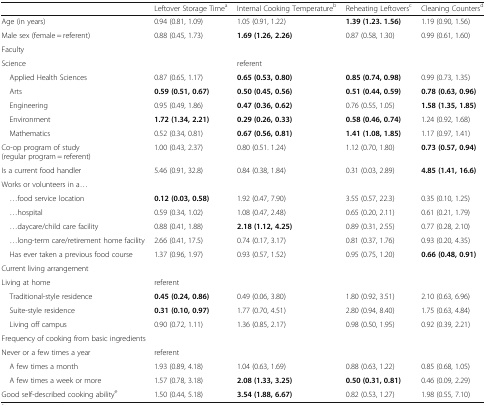
<table><thead><tr><td></td><td><b>Leftover Storage Time<sup>a</sup></b></td><td><b>Internal Cooking Temperature<sup>b</sup></b></td><td><b>Reheating Leftovers<sup>c</sup></b></td><td><b>Cleaning Counters<sup>d</sup></b></td></tr></thead><tbody><tr><td>Age (in years)</td><td>0.94 (0.81, 1.09)</td><td>1.05 (0.91, 1.22)</td><td><b>1.39 (1.23. 1.56)</b></td><td>1.19 (0.90, 1.56)</td></tr><tr><td>Male sex (female = referent)</td><td>0.88 (0.45, 1.73)</td><td><b>1.69 (1.26, 2.26)</b></td><td>0.87 (0.58, 1.30)</td><td>0.99 (0.61, 1.60)</td></tr><tr><td colspan="5">Faculty</td></tr><tr><td>Science</td><td></td><td>referent</td><td></td><td></td></tr><tr><td> Applied Health Sciences</td><td>0.87 (0.65, 1.17)</td><td><b>0.65 (0.53, 0.80)</b></td><td><b>0.85 (0.74, 0.98)</b></td><td>0.99 (0.73, 1.35)</td></tr><tr><td> Arts</td><td><b>0.59 (0.51, 0.67)</b></td><td><b>0.50 (0.45, 0.56)</b></td><td><b>0.51 (0.44, 0.59)</b></td><td><b>0.78 (0.63, 0.96)</b></td></tr><tr><td> Engineering</td><td>0.95 (0.49, 1.86)</td><td><b>0.47 (0.36, 0.62)</b></td><td>0.76 (0.55, 1.05)</td><td><b>1.58 (1.35, 1.85)</b></td></tr><tr><td> Environment</td><td><b>1.72 (1.34, 2.21)</b></td><td><b>0.29 (0.26, 0.33)</b></td><td><b>0.58 (0.46, 0.74)</b></td><td>1.24 (0.92, 1.68)</td></tr><tr><td> Mathematics</td><td>0.52 (0.34, 0.81)</td><td><b>0.67 (0.56, 0.81)</b></td><td><b>1.41 (1.08, 1.85)</b></td><td>1.17 (0.97, 1.41)</td></tr><tr><td>Co-op program of study (regular program = referent)</td><td>1.00 (0.43, 2.37)</td><td>0.80 (0.51. 1.24)</td><td>1.12 (0.70, 1.80)</td><td><b>0.73 (0.57, 0.94)</b></td></tr><tr><td>Is a current food handler</td><td>5.46 (0.91, 32.8)</td><td>0.84 (0.38, 1.84)</td><td>0.31 (0.03, 2.89)</td><td><b>4.85 (1.41, 16.6)</b></td></tr><tr><td colspan="5">Works or volunteers in a...</td></tr><tr><td> ...food service location</td><td><b>0.12 (0.03, 0.58)</b></td><td>1.92 (0.47, 7.90)</td><td>3.55 (0.57, 22.3)</td><td>0.35 (0.10, 1.25)</td></tr><tr><td> ...hospital</td><td>0.59 (0.34, 1.02)</td><td>1.08 (0.47, 2.48)</td><td>0.65 (0.20, 2.11)</td><td>0.61 (0.21, 1.79)</td></tr><tr><td> ...daycare/child care facility</td><td>0.88 (0.41, 1.88)</td><td><b>2.18 (1.12, 4.25)</b></td><td>0.89 (0.31, 2.55)</td><td>0.77 (0.28, 2.10)</td></tr><tr><td> ...long-term care/retirement home facility</td><td>2.66 (0.41, 17.5)</td><td>0.74 (0.17, 3.17)</td><td>0.81 (0.37, 1.76)</td><td>0.93 (0.20, 4.35)</td></tr><tr><td> Has ever taken a previous food course</td><td>1.37 (0.96, 1.97)</td><td>0.93 (0.57, 1.52)</td><td>0.95 (0.75, 1.20)</td><td><b>0.66 (0.48, 0.91)</b></td></tr><tr><td colspan="5">Current living arrangement</td></tr><tr><td>Living at home</td><td colspan="4">referent</td></tr><tr><td> Traditional-style residence</td><td><b>0.45 (0.24, 0.86)</b></td><td>0.49 (0.06, 3.80)</td><td>1.80 (0.92, 3.51)</td><td>2.10 (0.63, 6.96)</td></tr><tr><td> Suite-style residence</td><td><b>0.31 (0.10, 0.97)</b></td><td>1.77 (0.70, 4.51)</td><td>2.80 (0.94, 8.40)</td><td>1.75 (0.63, 4.84)</td></tr><tr><td> Living off campus</td><td>0.90 (0.72, 1.11)</td><td>1.36 (0.85, 2.17)</td><td>0.98 (0.50, 1.95)</td><td>0.92 (0.39, 2.21)</td></tr><tr><td colspan="5">Frequency of cooking from basic ingredients</td></tr><tr><td>Never or a few times a year</td><td colspan="4">referent</td></tr><tr><td> A few times a month</td><td>1.93 (0.89, 4.18)</td><td>1.04 (0.63, 1.69)</td><td>0.88 (0.63, 1.22)</td><td>0.85 (0.68, 1.05)</td></tr><tr><td> A few times a week or more</td><td>1.57 (0.78, 3.18)</td><td><b>2.08 (1.33, 3.25)</b></td><td><b>0.50 (0.31, 0.81)</b></td><td>0.46 (0.09, 2.29)</td></tr><tr><td>Good self-described cooking ability<sup>e</sup></td><td>1.50 (0.44, 5.18)</td><td><b>3.54 (1.88, 6.67)</b></td><td>0.82 (0.53, 1.27)</td><td>1.98 (0.55, 7.10)</td></tr></tbody></table>